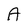
Character: A